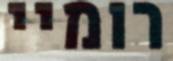
רומיי